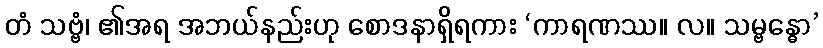
တံ သဗ္ဗံ၊ ၏အရ အဘယ်နည်းဟု စောဒနာရှိရကား ‘ကာရဏဿ။ လ။ သမ္ဗန္ဓော’